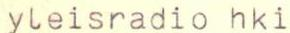
yleisradio hki